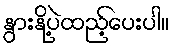
နွားနို့ပဲထည့်ပေးပါ။